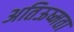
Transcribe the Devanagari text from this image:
अतिऊष्मता